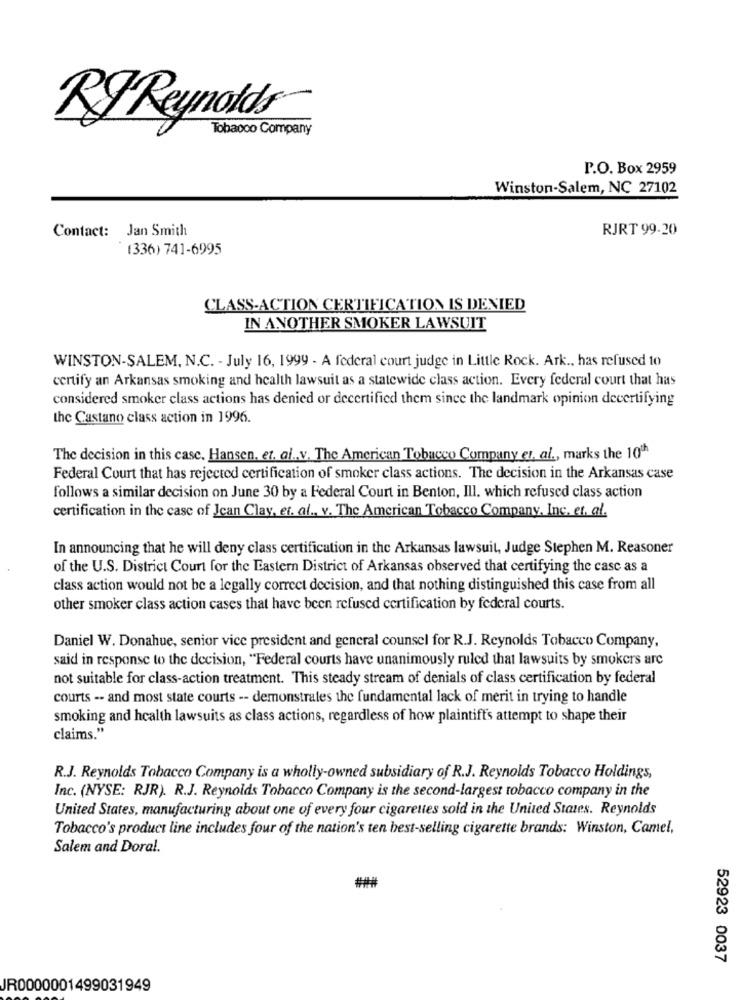
RI Reynolds
Tobacco Company
P.O. Box 2959
Winston-Salem, NC 27102
RJRT 99-20
Contact: Jan Smith
(336) 741-6995
CLASS-ACTION CERTIFICATION IS DENIED
IN ANOTHER SMOKER LAWSUIT
WINSTON-SALEM, N.C. - July 16, 1999 - A federal court judge in Little Rock. Ark ., has refused 10
certify an Arkansas smoking and health lawsuit as a statewide class action. Every federal court that has
considered smoker class actions has denied or decertified them since the landmark opinion decertifying
the Castano class action in 1996.
The decision in this case. Hansen, et. al .. v. The American Tobacco Company et, al ., marks the 10th
Federal Court that has rejected certification of smoker class actions. The decision in the Arkansas case
follows a similar decision on June 30 by a Federal Court in Benton, Ill. which refused class action
certification in the case of Jean Clay, et. al ., v. The American Tobacco Company, Inc. et. al.
In announcing that he will deny class certification in the Arkansas lawsuit, Judge Stephen M. Reasoner
of the U.S. District Court for the Eastern District of Arkansas observed that certifying the casc as a
class action would not be a legally correct decision, and that nothing distinguished this case from all
other smoker class action cases that have been refused certification by federal courts.
Daniel W. Donahue, senior vice president and general counsel for R.J. Reynolds Tobacco Company,
said in response to the decision, "Federal courts have unanimously ruled that lawsuits by smokers arc
not suitable for class-action treatment. This steady stream of denials of class certification by federal
courts -- and most state courts -- demonstrates the fundamental lack of merit in trying to handle
smoking and health lawsuits as class actions, regardless of how plaintiff's attempt to shape their
claims."
R.J. Reynolds Tobacco Company is a wholly-owned subsidiary of R.J. Reynolds Tobacco Holdings,
Inc. (NYSE: RJR). R.J. Reynolds Tobacco Company is the second-largest tobacco company in the
United States, manufacturing about one of every four cigarettes sold in the United States. Reynolds
Tobacco's product line includes four of the nation's ten best-selling cigarette brands: Winston, Camel,
Salem and Doral.
52923 0037
JR0000001499031949